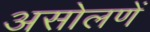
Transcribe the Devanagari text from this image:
असोलणें